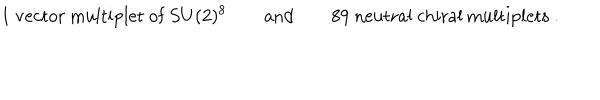
LaTeX: \mathrm { 1 ~ v e c t o r ~ m u l t i p l e t ~ o f ~ } S U ( 2 ) ^ { 8 } \qquad \mathrm { a n d } \qquad \mathrm { 8 9 ~ n e u t r a l ~ c h i r a l ~ m u l t i p l e t s ~ . }